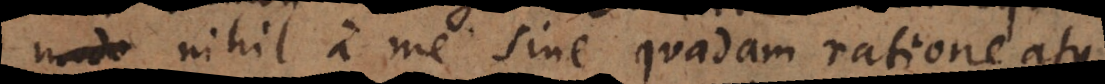
nihil a me sine quadam ratione atque